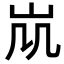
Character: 𡵷